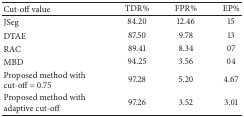
<table><thead><tr><td><b>Cut-off value </b></td><td><b> TDR% </b></td><td><b> FPR% </b></td><td><b> EP% </b></td></tr></thead><tbody><tr><td> JSeg </td><td> 84.20 </td><td> 12.46 </td><td> 15 </td></tr><tr><td>DTAE </td><td> 87.50 </td><td> 9.78 </td><td> 13 </td></tr><tr><td>RAC </td><td> 89.41 </td><td> 8.34 </td><td> 07 </td></tr><tr><td>MBD </td><td> 94.25 </td><td> 3.56 </td><td> 04 </td></tr><tr><td>Proposed method with cut-off = 0.75 </td><td> 97.28 </td><td> 5.20 </td><td> 4.67 </td></tr><tr><td>Proposed method with adaptive cut-off </td><td> 97.26 </td><td> 3.52 </td><td> 3.01 </td></tr></tbody></table>